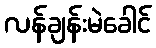
လန်ချန်းမဲခေါင်